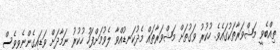
ތިއްބެވީ މަޝްވަރާތަކުގައެވެ. ހުކުރު ވަގުތަށް މަޝްވަރާތައް މެދުކަނޑުއްވާ ލެވުމަށްފަހު ހުކުރު ނަމާދަށް ވަޑައިގެންނެވީވެސް